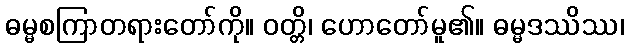
ဓမ္မစကြာတရားတော်ကို။ ဝတ္တိ၊ ဟောတော်မူ၏။ ဓမ္မဒဿိဿ၊